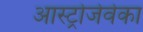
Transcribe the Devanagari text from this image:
आस्ट्रोजेवेका